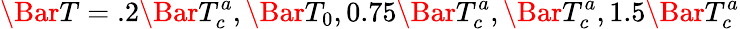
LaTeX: \Bar{T}=.2\Bar{T}_{c}^{a},\Bar{T}_{0},0.75\Bar{T}_{c}^{a},\Bar{T}_{c}^{a},1.5\Bar{T}_{c}^{a}